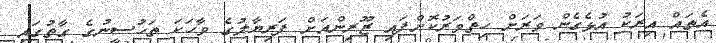
އެތައް އިރަކު އުޅެގެން ވަރަށް ހިތްވަރުކޮށްފައި ޒޫރިންއަށް ފަރިޔާލުގެ ވާހަކަ ތަހުސީނުގެ ގާތުގައި